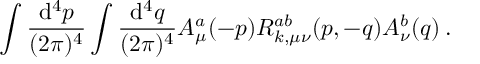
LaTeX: \int \frac { \mathrm { d } ^ { 4 } p } { ( 2 \pi ) ^ { 4 } } \int \frac { \mathrm { d } ^ { 4 } q } { ( 2 \pi ) ^ { 4 } } A _ { \mu } ^ { a } ( - p ) R _ { k , \mu \nu } ^ { a b } ( p , - q ) A _ { \nu } ^ { b } ( q ) \: .